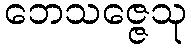
ဘေသဇ္ဇေသု